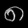
Digit: ၈